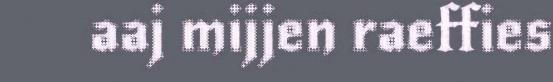
aaj mijjen raeffies